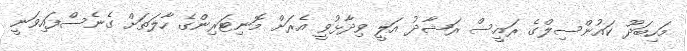
މަހިބަދޫ ކައުންސިލްގެ ރައީސް ރަޝާދު އަލީ ވިދާޅުވީ އެރަށް މޮނިޓަރިންގެ ހާލަތަށް ގެނެސްފައިވަނީ